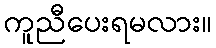
ကူညီပေးရမလား။